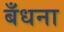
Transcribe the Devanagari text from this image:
बँधना